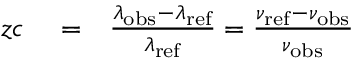
\begin{array} { r l r } { z c } & { { } = } & { \frac { \lambda _ { \mathrm { o b s } } - \lambda _ { \mathrm { r e f } } } { \lambda _ { \mathrm { r e f } } } = \frac { \nu _ { \mathrm { r e f } } - \nu _ { \mathrm { o b s } } } { \nu _ { \mathrm { o b s } } } } \end{array}